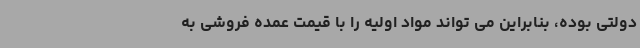
دولتی بوده، بنابراین می تواند مواد اولیه را با قیمت عمده فروشی به